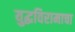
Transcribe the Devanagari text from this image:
युद्धविरामाचा